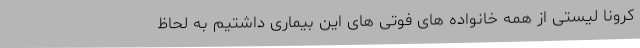
کرونا لیستی از همه خانواده های فوتی های این بیماری داشتیم به لحاظ